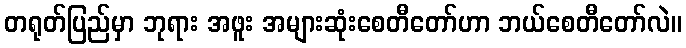
တရုတ်ပြည်မှာ ဘုရား အဖူး အများဆုံးစေတီတော်ဟာ ဘယ်စေတီတော်လဲ။